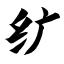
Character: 纩